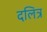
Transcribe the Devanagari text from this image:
दलित्र